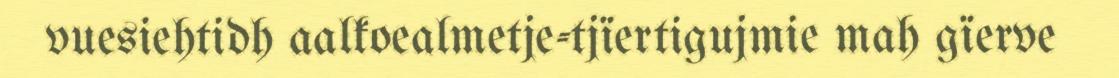
vuesiehtidh aalkoealmetje-tjïertigujmie mah gïerve